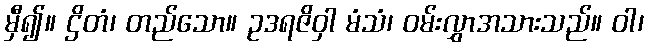
မှီ၍။ ဌိတံ၊ တည်သော။ ဥဒရဇိဝှါ မံသံ၊ ဝမ်းလွှာအသားသည်။ ဝါ၊